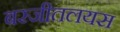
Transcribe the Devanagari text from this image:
बरजीतलयस